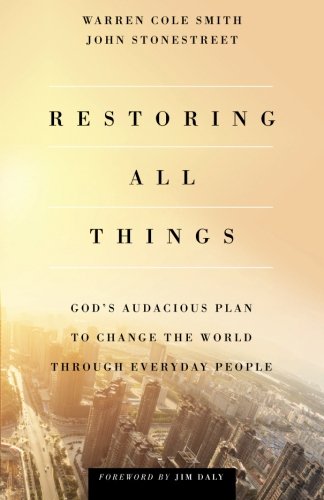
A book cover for Restoring All Things: God's Audacious Plan to Change the World through Everyday People; John Stonestreet; Christian Books & Bibles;